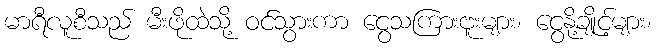
မာရီလူစီသည် မီးဖိုထဲသို့ ဝင်သွားကာ ငွေသကြားဗူးများ၊ ငွေနို့ချိုင့်များ၊